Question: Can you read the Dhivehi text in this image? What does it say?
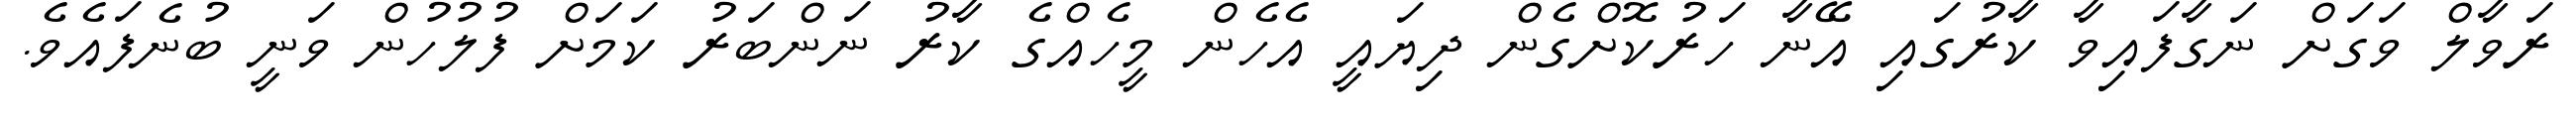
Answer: ރަވާލް ވަގަށް ނަގާފައިވާ ކާރުގައި އޭނާ ހަރުކޮށްގެން ދިޔައީ އެހެން މީހެއްގެ ކާރު ނަންބަރު ކަމަށް ފުލުހުން ވަނީ ބުނެފައެވެ.